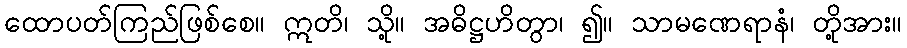
ထောပတ်ကြည်ဖြစ်စေ။ ဣတိ၊ သို့။ အဓိဋ္ဌဟိတွာ၊ ၍။ သာမဏေရာနံ၊ တို့အား။